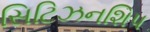
સિટિઝનશિપ